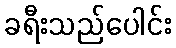
ခရီးသည်ပေါင်း